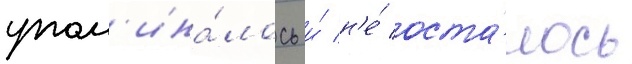
упом'ина́лось и́ н'е́ оста́лось